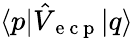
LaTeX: \langle p\vert\hat{V}_{\mathrm{~e~c~p~}}\vert q\rangle